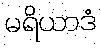
မရိယာဒံ